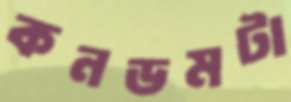
কনডমটা